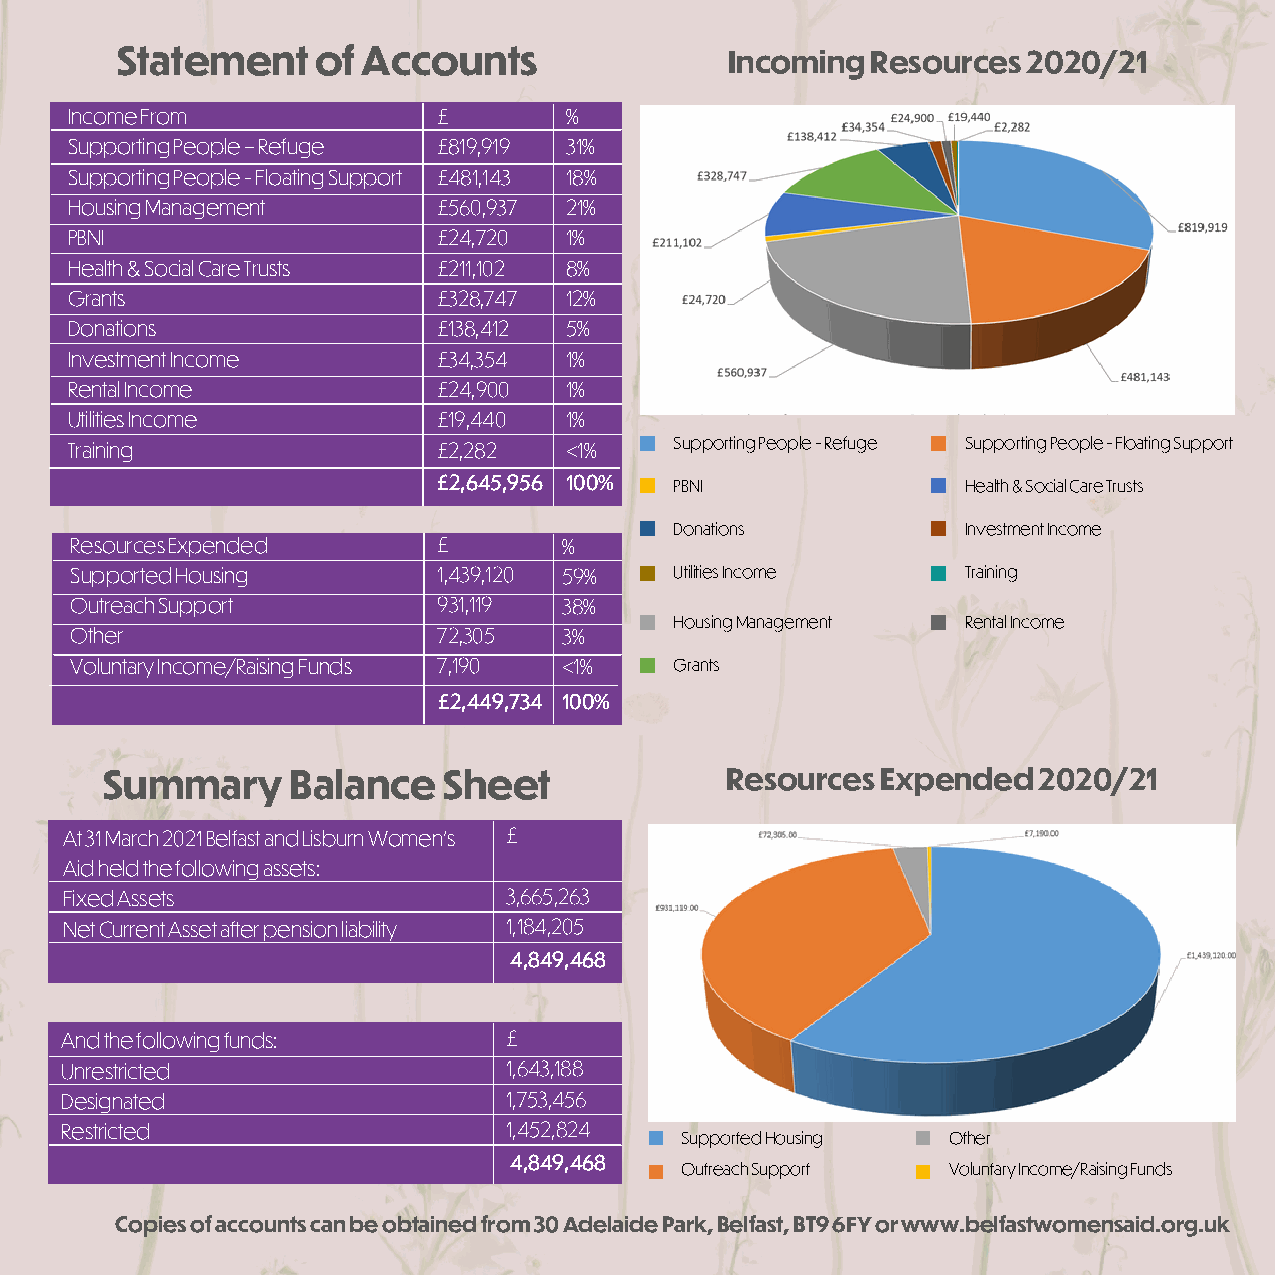
Statement    of Accounts                Incoming  Resources 2020/21
 Income From              £       %
 Supporting People – Refuge £819,919 31%
 Supporting People - Floating Support £481,143 18%
 Housing Management       £560,937 21%
 PBNI                     £24,720 1%
 Health & Social Care Trusts £211,102 8%
 Grants                   £328,747 12%
 Donations                £138,412 5%
 Investment Income        £34,354 1%
 Rental Income            £24,900 1%
 Utilities Income         £19,440 1%
 Training                 £2,282  <1%     Supporting People - Refuge Supporting People - Floating Support
 £2,645,956 100% PBNI               Health & Social Care Trusts
 Donations          Investment Income
 Resources Expended      £       %
 Supported Housing       1,439,120 59%   Utilities Income   Training
 Outreach Support        931,119 38%
 Housing Management Rental Income
 Other                   72,305  3%
 Voluntary Income/Raising Funds 7,190 <1% Grants
 £2,449,734 100%
 Summary     Balance   Sheet              Resources Expended   2020/21
 At 31 March 2021 Belfast and Lisburn Women’s £
 Aid held the following assets:
 Fixed Assets                 3,665,263
 Net Current Asset after pension liability 1,184,205
 4,849,468
 And the following funds:     £
 Unrestricted                 1,643,188
 Designated                   1,753,456
 Restricted                   1,452,824
 Supported Housing Other
 4,849,468
 Outreach Support  Voluntary Income/Raising Funds
 Copies of accounts can be obtained from 30 Adelaide Park, Belfast, BT9 6FY or www.belfastwomensaid.org.uk